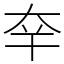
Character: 㚔